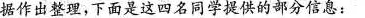
据作出整理，下面是这四名同学提供的部分信息：